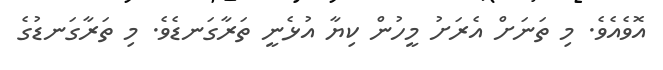
އޮވެއެވެ. މި ތަނަށް އެރަށު މީހުން ކިޔާ އުޅެނީ ތަރާގަނޑެވެ. މި ތަރާގަނޑުގެ